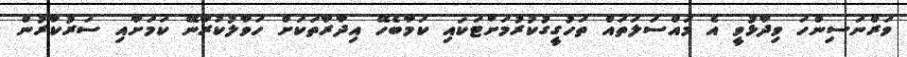
ވަރްނަސިންހަ ވިދާޅުވީ އެ މައްސަލަތައް ތަހުގީގުކުރުމަށްޓަކައި ކަމާބެހޭ އިދާރާތަކަށް ހަވާލުކުރާނޭ ކަމަށާއި ސަރުކާރުން